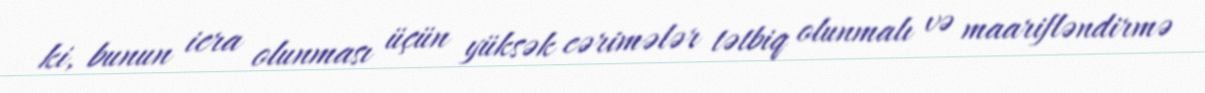
ki, bunun icra olunması üçün yüksək cərimələr tətbiq olunmalı və maarifləndirmə